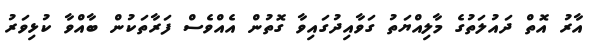
އާރު އޮތް ދައުލަތުގެ މާލިއްޔަތު ގަވާއިދުގައިވާ ގޮތުން އެއްވެސް ފަރާތަކުން ބާއްވާ ކުޅިވަރު